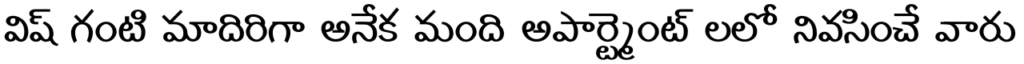
విష్ గంటి మాదిరిగా అనేక మంది అపార్ట్మెంట్ లలో నివసించే వారు